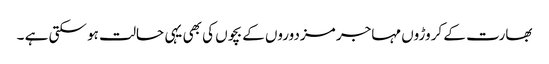
بھارت کے کروڑوں مہاجر مزدوروں کے بچوں کی بھی یہی حالت ہو سکتی ہے ۔